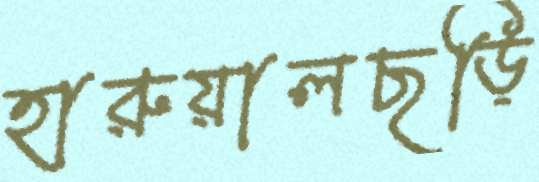
হারুয়ালছড়ি